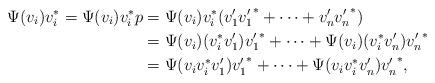
LaTeX: \begin{align*}\Psi(v_i)v_i^* = \Psi(v_i)v_i^*p &= \Psi(v_i)v_i^* (v'_1{v'_1}^*+\cdots+v'_n{v'_n}^*)\\&= \Psi(v_i)(v_i^*v'_1){v'_1}^*+\cdots+\Psi(v_i)(v_i^*v'_n){v'_n}^*\\&= \Psi(v_iv_i^*v'_1){v'_1}^*+\cdots+\Psi(v_iv_i^*v'_n){v'_n}^*,\end{align*}